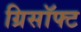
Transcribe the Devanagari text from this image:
ग्रिसॉफ्‍ट